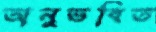
অনুভবিত